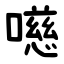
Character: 㘂